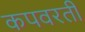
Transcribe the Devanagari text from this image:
कपवरती